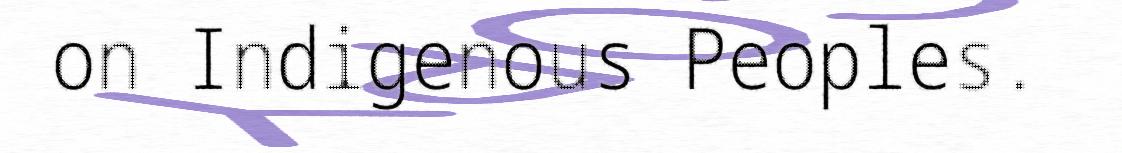
on Indigenous Peoples.